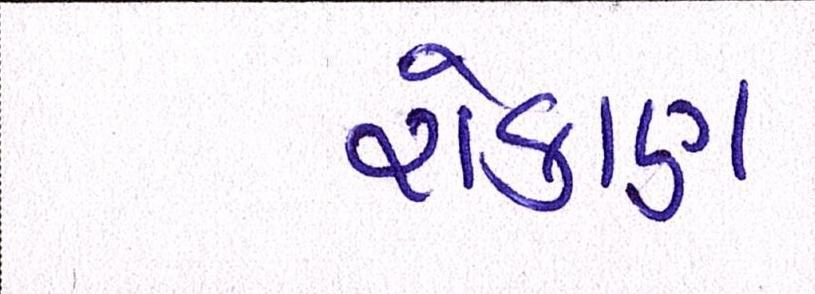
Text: રોકાણ